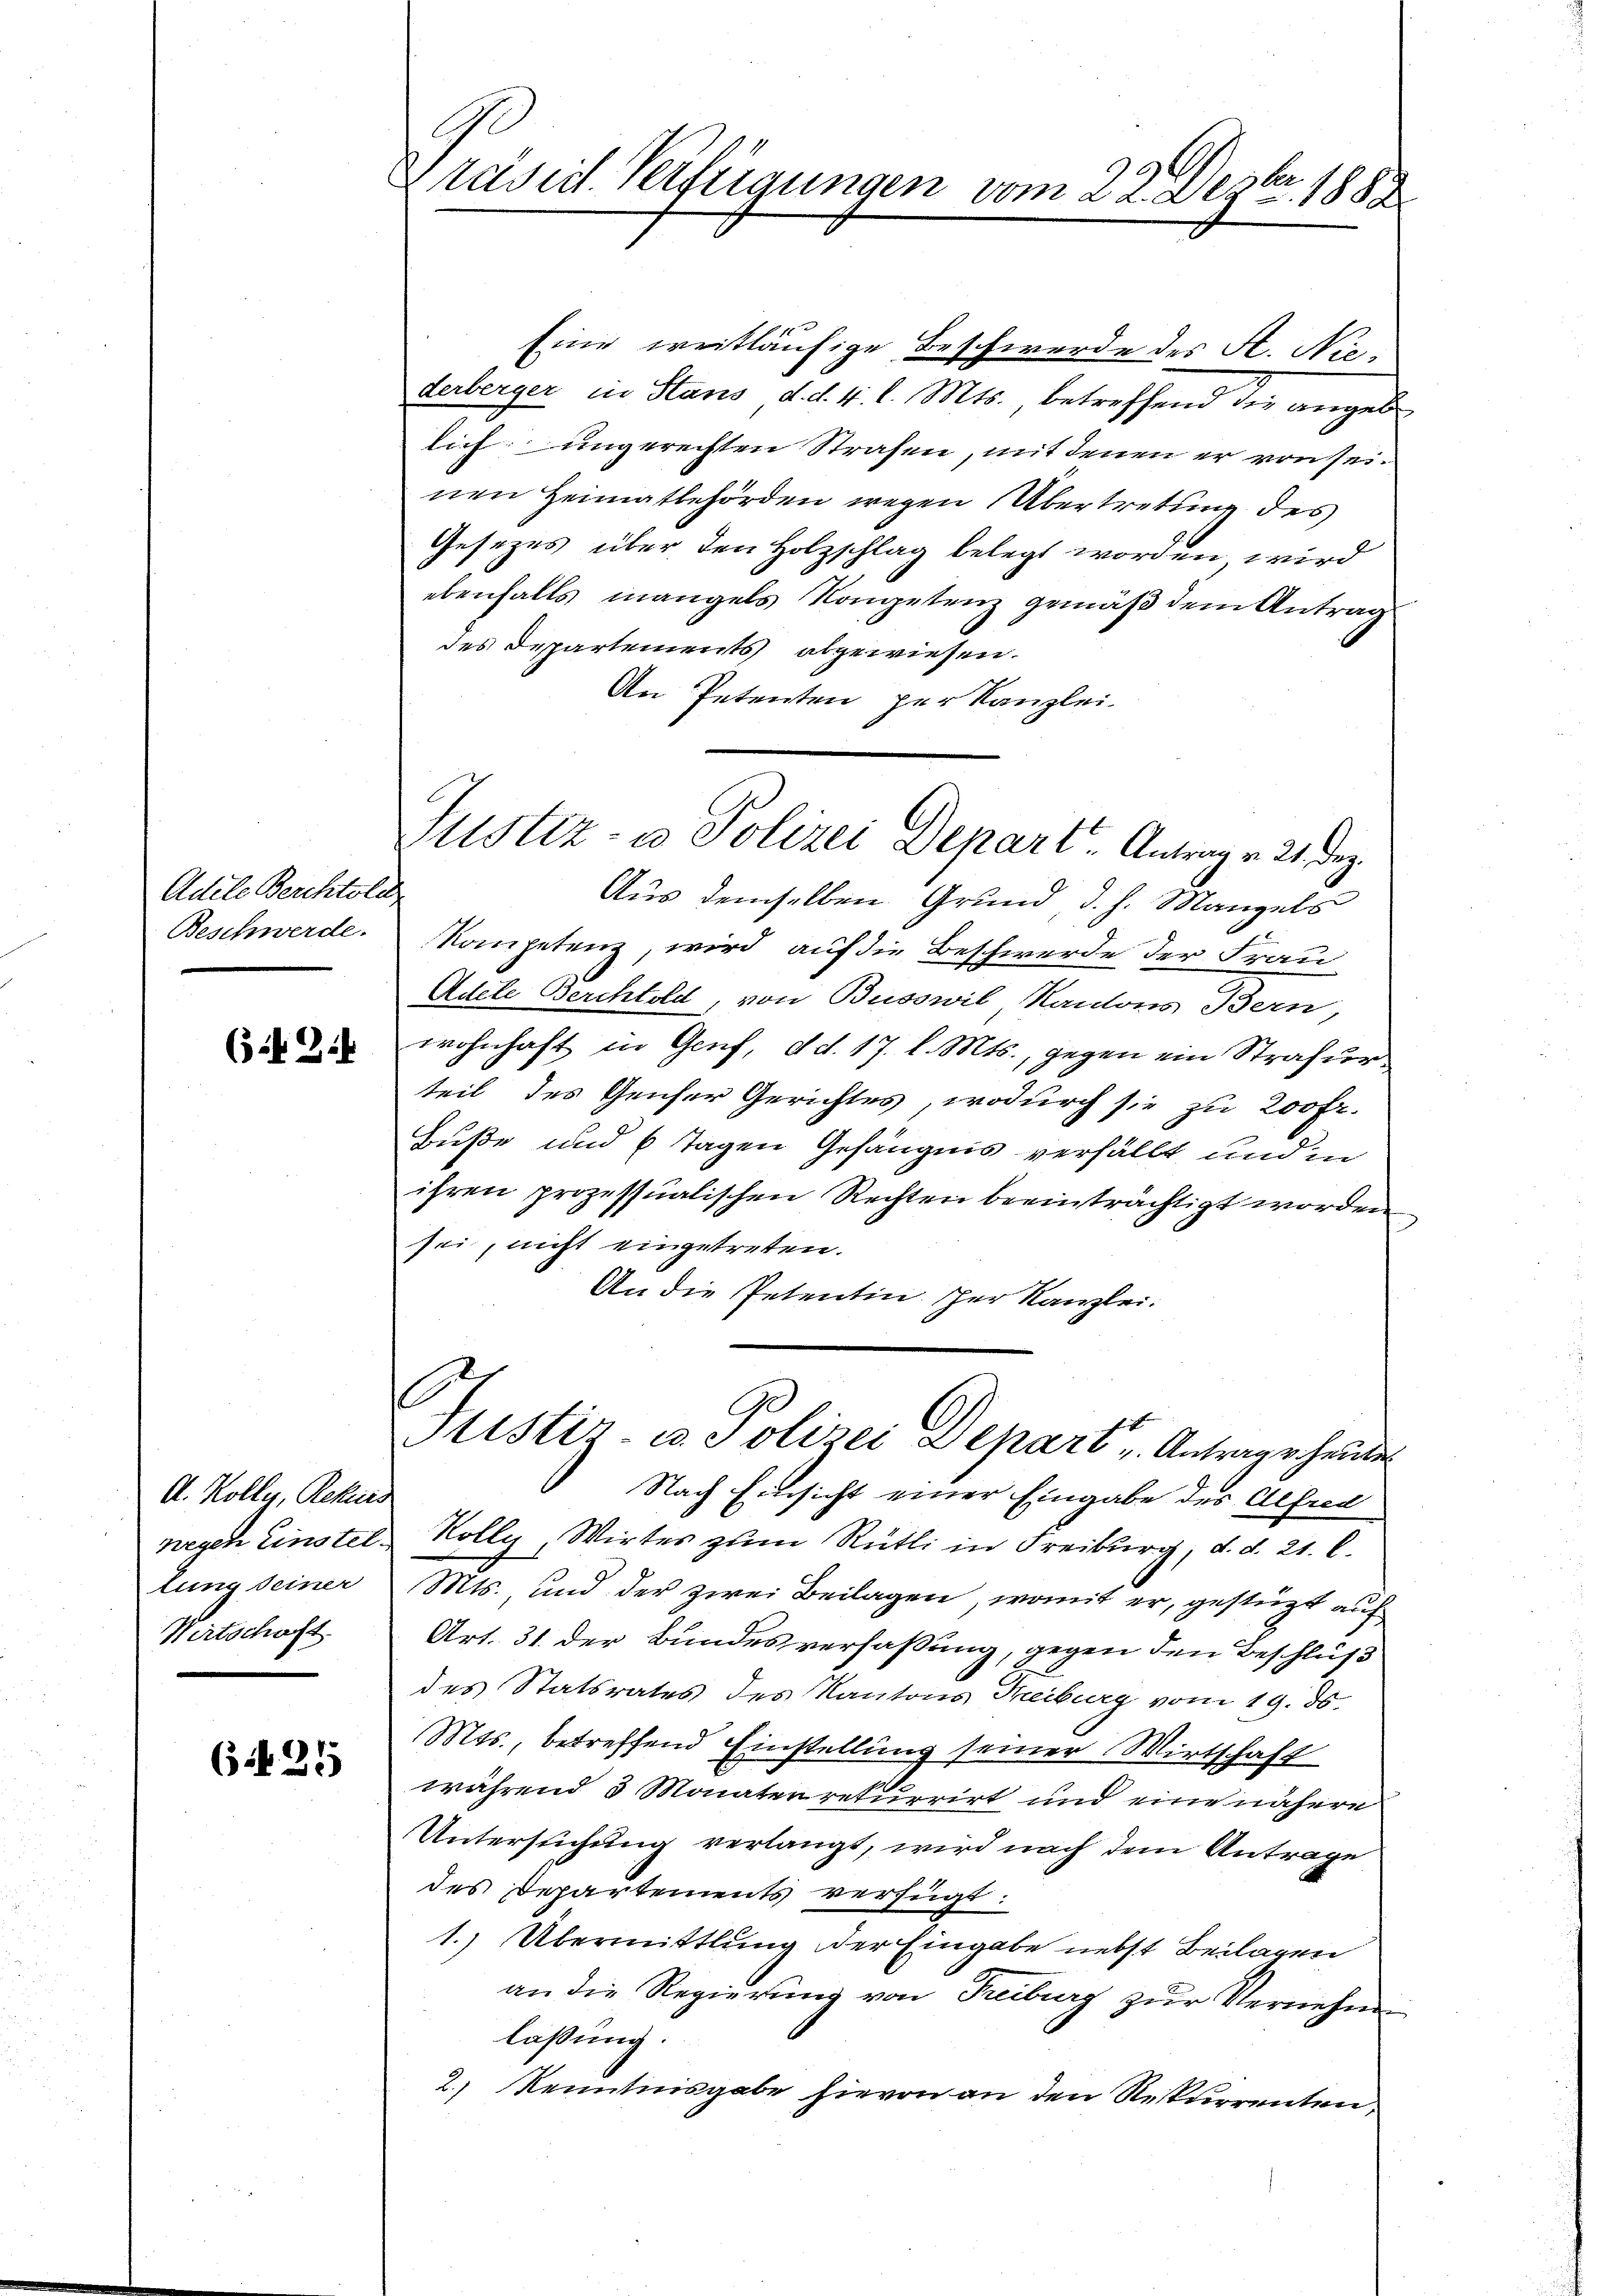
Adele Berchtold
Beschwerde.

6f 2.

A. Kolly, Rekurs
neyen Einstellung seiner
Wirtschaft.

6425

C
Präses Verfügungen vom 22. Dezbr. 1889

Eine weitläufige Beschwerde des St. Niederberger in Stans d.d. 4 l. Mts., betreffend die angeb
lich ungerechten Strafen, mit denen er von seinen Heimatbehörden wegen Übertretung des
Gesezes über den Holzschlag belegt worden, wird
ebenfalls mangels Kometenz gemäß dem Antrag
des Departements abgewiesen.
An Petenten per Kanzlei.
Aus demselben Grund d. h. Mangels
Kompetenz, wird auf die Beschwerde der Frau
Adele Berchtold, von Buoswil Kantons Bern,
wohnhaft in Genf, d. d. 17. d. Mts., gegen ein Strafurteil des Geiser Gerichtes, wodurch sie zu 200 Fr.
Buße und 6 Tagen Gefängnis verfällt und in
ihren prozessualischen Rechten beeinträchtigt worden
sei, nicht eingetreten.
An die Petentin. Der Kanzlei.
.
G
Sistir- u. Polizei Depart u. Antrage heute
Nach Einsicht einer Eingabe des Alfred
Kolly, Wirtes zum Rütli in Freiburg, d. d. 21. l.
Mts. und der zwei Beilagen, womit er, gestützt auf
Art. 31. der Bundesverfaßung, gegen den Beschluß
des Statsrates des Kantons Treiburg vom 19. ds.
Mts., betreffend Einstellung seiner Wirtschaft
während 3 Monaten rekurrirt und eine nähere
Untersuchung verlangt, wird nach dem Antrage
des Departements verfügt:
1.) Übermittlung der Eingabe nebst Beilagen
an die Regierŭng von Freiburg zŭr Vernehme
laßung.
2.) Kenntnisgabe hievon an den Rekurrenten,

Justiz- u Polizei Depart. Antrag v. 21. Dez.